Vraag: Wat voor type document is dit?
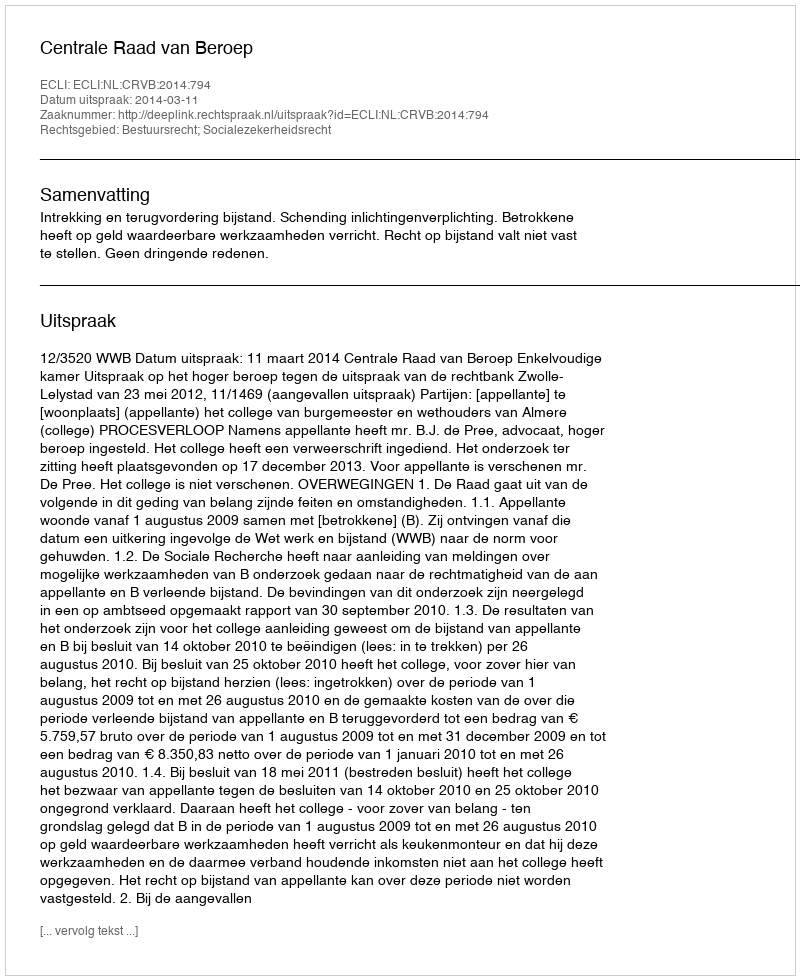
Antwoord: Uitspraak